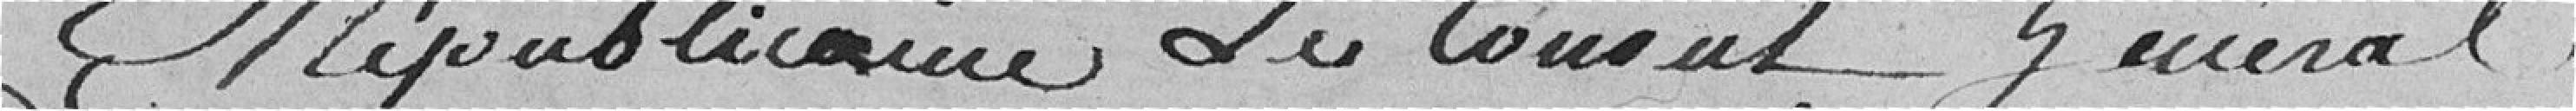
républicaine du conseil général